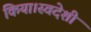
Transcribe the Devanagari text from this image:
किया।स्वदेशी